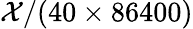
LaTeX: \mathcal{X}/(40\times 86400)